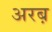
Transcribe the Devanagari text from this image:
अरब़